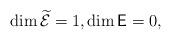
LaTeX: \begin{align*}\dim \widetilde{\mathcal E}=1,\dim\mathsf E=0,\end{align*}